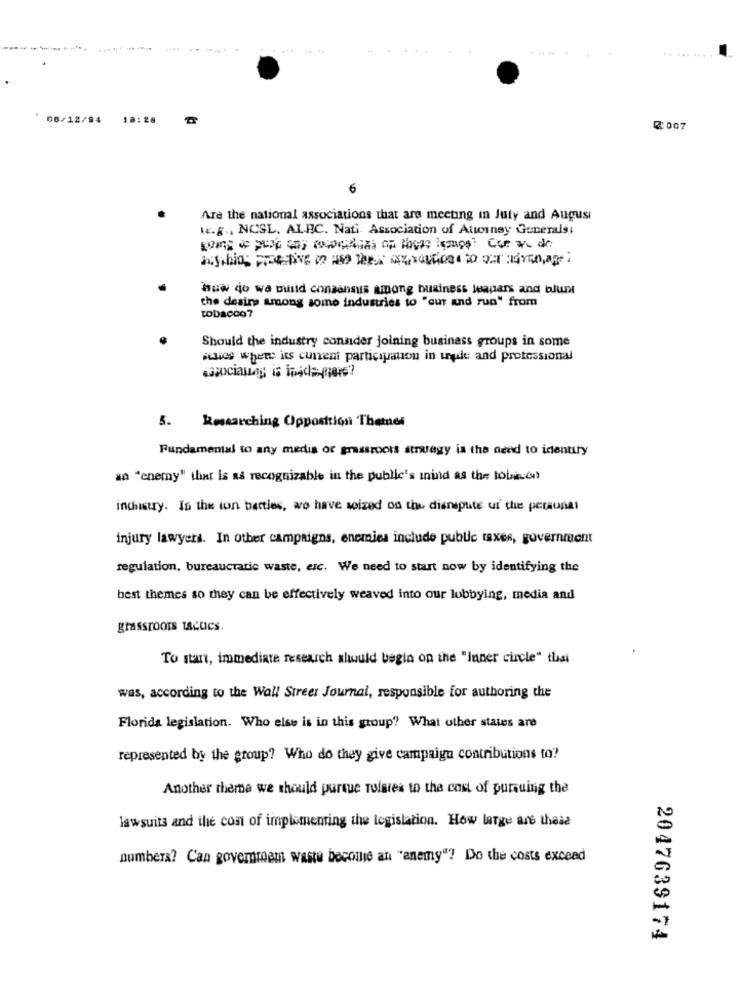
... .
06/12/94 18:28
₡007
6
Are the national associations that are meeting in July and August
.e.g ., NCSL. ALEC. Nati Association of Attorney Generals;
How do wa build consensus among business Jeapars and blunt
the desire among some industries to "out and rup" from
tobacco?
Should the industry consider joining business groups in some
ities where its cuneni participation in uwe and professional
5. Researching Opposition Themnes
Fundamental to any media or grassroots strategy is the need to identify
an "enemy" that is as recognizable in the public's mind as the tobinon
industry. In the ion battles, we have seized on the dianspute ur the personat
injury lawyers. In other campaigns, enemies include public taxes, government
regulation, bureaucratic waste, erc. We need to start now by identifying the
best themes so they can be effectively weaved into our lobbying, media and
grassroots tacucs.
To start, immediate research should begin on the "Inner circle" thai
was, according to the Wall Street Journal, responsible for authoring the
Florida legislation. Who else is in this group? What other states are
represented by the group? Who do they give campaign contributions to?
Another theme we should pursue Tolsies to the cost of pursuing the
lawsuits and the cost of implementing the legislation. How large are thead
numbers? Can goyermam waste become an "enemy"? Do the costs exceed
2047639174